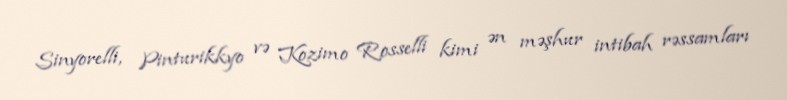
Sinyorelli, Pinturikkyo və Kozimo Rosselli kimi ən məşhur intibah rəssamları